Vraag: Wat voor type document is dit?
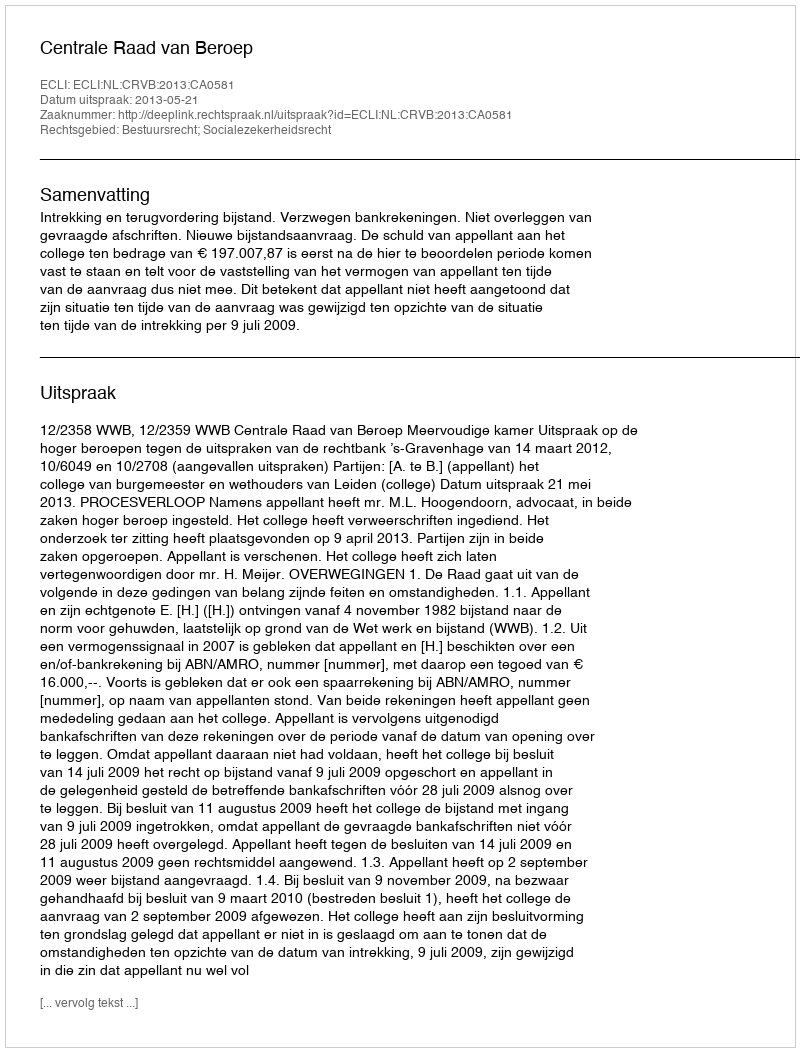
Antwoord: Uitspraak